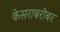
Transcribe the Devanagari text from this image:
केसराबरोबर